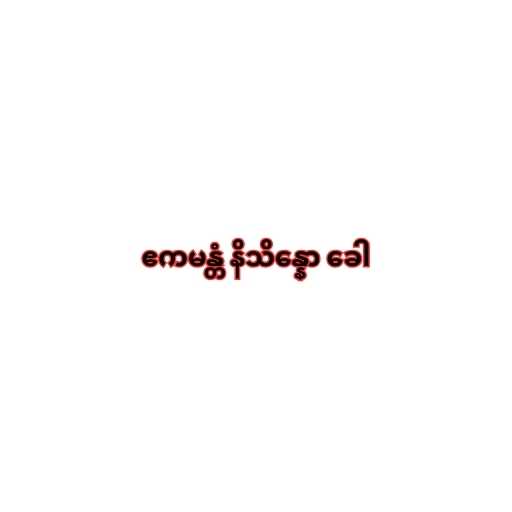
ဧကမန္တံ နိသိန္နော ခေါ